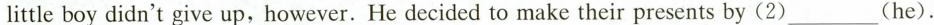
little boy didn't give up,however. He decided to make their presents by (2)___(he).